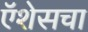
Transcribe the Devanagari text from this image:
ऍशेसचा